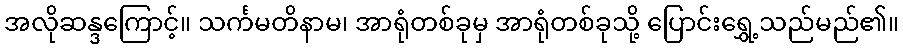
အလိုဆန္ဒကြောင့်။ သင်္ကမတိနာမ၊ အာရုံတစ်ခုမှ အာရုံတစ်ခုသို့ ပြောင်းရွှေ့သည်မည်၏။